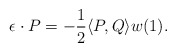
\begin{align*}\epsilon \cdot P = -\frac{1}{2} \langle P, Q \rangle w(1).\end{align*}